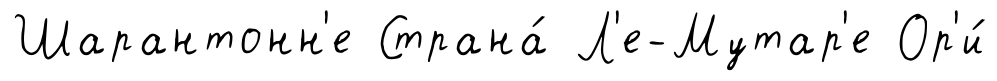
Шарантонн'е Страна́ Л'е-Мутар'е Ор'и́